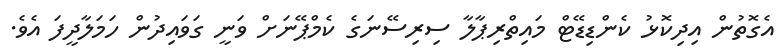
އެގޮތުން އިދިކޮޅު ކެންޑިޑޭޓް މައިތްރިޕާލާ ސިރިސޭނަގެ ކެމްޕޭނަށް ވަނީ ގަވައިދުން ހަމަލާދީފަ އެވެ.